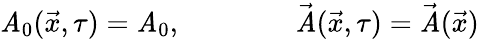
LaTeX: \mathit{A}_{0}(\vec{{x}},\tau)=\mathit{A}_{0},\qquad\qquad\vec{{\mathit{A}}}(\vec{{x}},\tau)=\vec{{\mathit{A}}}(\vec{{x}})